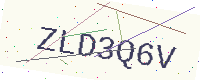
Text: ZLD3Q6V